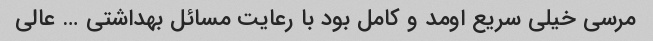
مرسی خیلی سریع اومد و کامل بود با رعایت مسائل بهداشتی … عالی